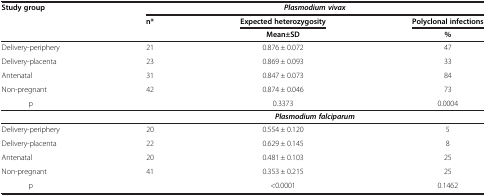
<table><thead><tr><td><b>Study group</b></td><td colspan="3"><b><i>Plasmodium vivax</i></b></td></tr><tr><td>[EMPTY_CELL]</td><td><b>n*</b></td><td><b>Expected heterozygosity</b></td><td><b>Polyclonal infections</b></td></tr><tr><td>[EMPTY_CELL]</td><td>[EMPTY_CELL]</td><td><b>Mean±SD</b></td><td><b>%</b></td></tr></thead><tbody><tr><td>Delivery-periphery</td><td>21</td><td>0.876 ± 0.072</td><td>47</td></tr><tr><td>Delivery-placenta</td><td>23</td><td>0.869 ± 0.093</td><td>33</td></tr><tr><td>Antenatal</td><td>31</td><td>0.847 ± 0.073</td><td>84</td></tr><tr><td>Non-pregnant</td><td>42</td><td>0.874 ± 0.046</td><td>73</td></tr><tr><td>p</td><td>[EMPTY_CELL]</td><td>0.3373</td><td>0.0004</td></tr><tr><td>[EMPTY_CELL]</td><td colspan="3"><b><i>Plasmodium falciparum</i></b></td></tr><tr><td>Delivery-periphery</td><td>20</td><td>0.554 ± 0.120</td><td>5</td></tr><tr><td>Delivery-placenta</td><td>22</td><td>0.629 ± 0.145</td><td>8</td></tr><tr><td>Antenatal</td><td>20</td><td>0.481 ± 0.103</td><td>25</td></tr><tr><td>Non-pregnant</td><td>41</td><td>0.353 ± 0.215</td><td>25</td></tr><tr><td>p</td><td>[EMPTY_CELL]</td><td>&lt;0.0001</td><td>0.1462</td></tr></tbody></table>